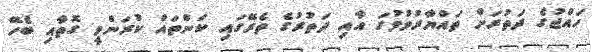
ހައްޖުގެ ދަތުރަށް ތައްޔާރުވުމުގަ އާއި ދަތުރުގެ ތެރޭގައި ކަންތައް ކުރަންވީ ގޮތާއި ބެހޭ